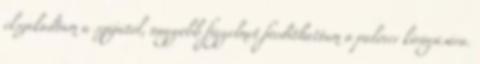
elszakadtam a szájától, nagyobb figyelmet fordíthattam a pulóver kivágására.